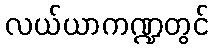
လယ်ယာကဏ္ဍတွင်